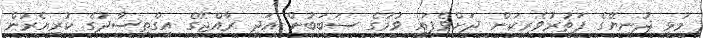
މުޅި ދުނިޔޭގެ ފަތުރުވެރިކަން ދަށްވެފައި ވުމުގެ ސަބަބުން އަދި ރާއްޖޭގެ އިގްތިސާދުގެ ކުރިއެރުން